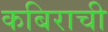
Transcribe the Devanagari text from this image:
कबिराची